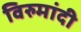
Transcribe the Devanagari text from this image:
विरुमांदी